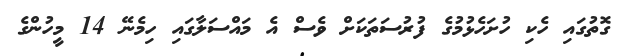
ގޮތުގައި ހެކި ހުށަހެޅުމުގެ ފުރުސަތަކަށް ވެސް އެ މައްސަލާގައި ހިމެނޭ 14 މީހުންގެ